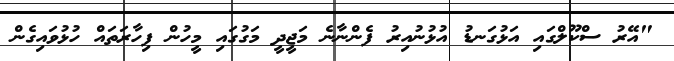
"އޭރު ސްކޫލްގައި އަޅުގަނޑު އުޅުނުއިރު ފެންނާނެ މަޖީދީ މަގުގައި މީހުން ފިހާރަތައް ހުޅުވައިގެން